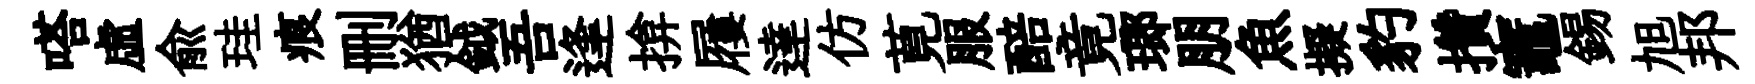
嗒虛兪珪痕删猶鉞吾逢揜屨達仿莧服醅竟瑯朋魚擬豹攢竈錫旭邦